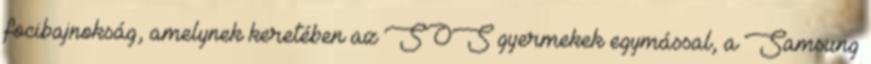
focibajnokság, amelynek keretében az SOS gyermekek egymással, a Samsung